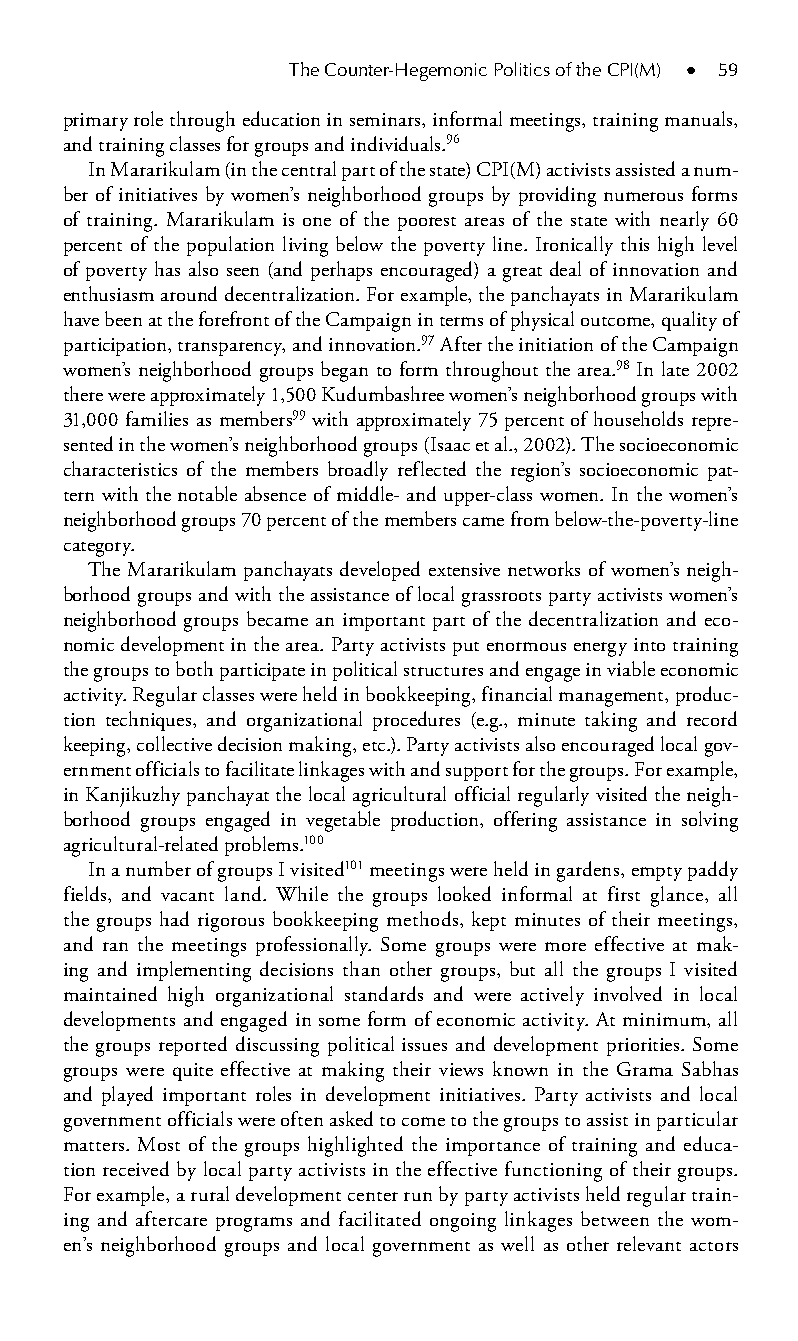
The Counter-Hegemonic Politics of the CPI(M) ● 59
 primary role through education in seminars, informal meetings, training manuals,
 and training classes for groups and individuals.96
 In Mararikulam (in the central part of the state) CPI(M) activists assisted a num-
 ber of initiatives by women’s neighborhood groups by providing numerous forms
 of training. Mararikulam is one of the poorest areas of the state with nearly 60
 percent of the population living below the poverty line. Ironically this high level
 of poverty has also seen (and perhaps encouraged) a great deal of innovation and
 enthusiasm around decentralization. For example, the panchayats in Mararikulam
 have been at the forefront of the Campaign in terms of physical outcome, quality of
 participation, transparency, and innovation.97 After the initiation of the Campaign
 women’s neighborhood groups began to form throughout the area.98 In late 2002
 there were approximately 1,500 Kudumbashree women’s neighborhood groups with
 31,000 families as members99 with approximately 75 percent of households repre-
 sented in the women’s neighborhood groups (Isaac et al., 2002). The socioeconomic
 characteristics of the members broadly reflected the region’s socioeconomic pat-
 tern with the notable absence of middle- and upper-class women. In the women’s
 neighborhood groups 70 percent of the members came from below-the-poverty-line
 category.
 The Mararikulam panchayats developed extensive networks of women’s neigh-
 borhood groups and with the assistance of local grassroots party activists women’s
 neighborhood groups became an important part of the decentralization and eco-
 nomic development in the area. Party activists put enormous energy into training
 the groups to both participate in political structures and engage in viable economic
 activity. Regular classes were held in bookkeeping, financial management, produc-
 tion techniques, and organizational procedures (e.g., minute taking and record
 keeping, collective decision making, etc.). Party activists also encouraged local gov-
 ernment officials to facilitate linkages with and support for the groups. For example,
 in Kanjikuzhy panchayat the local agricultural official regularly visited the neigh-
 borhood groups engaged in vegetable production, offering assistance in solving
 agricultural-related problems.100
 In a number of groups I visited101 meetings were held in gardens, empty paddy
 fields, and vacant land. While the groups looked informal at first glance, all
 the groups had rigorous bookkeeping methods, kept minutes of their meetings,
 and ran the meetings professionally. Some groups were more effective at mak-
 ing and implementing decisions than other groups, but all the groups I visited
 maintained high organizational standards and were actively involved in local
 developments and engaged in some form of economic activity. At minimum, all
 the groups reported discussing political issues and development priorities. Some
 groups were quite effective at making their views known in the Grama Sabhas
 and played important roles in development initiatives. Party activists and local
 government officials were often asked to come to the groups to assist in particular
 matters. Most of the groups highlighted the importance of training and educa-
 tion received by local party activists in the effective functioning of their groups.
 For example, a rural development center run by party activists held regular train-
 ing and aftercare programs and facilitated ongoing linkages between the wom-
 en’s neighborhood groups and local government as well as other relevant actors
 99778800223300660066440011ttss0055..iinndddd 5599 33//2277//22000088 33::0000::5566 PPMM